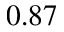
0 . 8 7